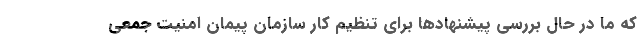
که ما در حال بررسی پیشنهادها برای تنظیم کار سازمان پیمان امنیت جمعی